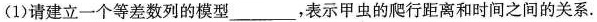
1)请建立一个等差数列的模型___，表示甲虫的爬行距离和时间之间的关系。